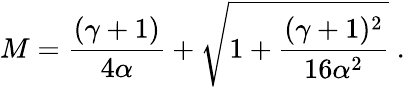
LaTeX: M={\frac{(\gamma+1)}{4\alpha}}+\sqrt{1+{\frac{(\gamma+1)^{2}}{16\alpha^{2}}}}\; .